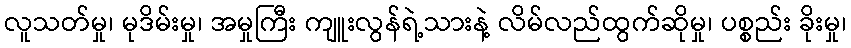
လူသတ်မှု၊ မုဒိမ်းမှု၊ အမှုကြီး ကျူးလွန်ရဲ့သားနဲ့ လိမ်လည်ထွက်ဆိုမှု၊ ပစ္စည်း ခိုးမှု၊